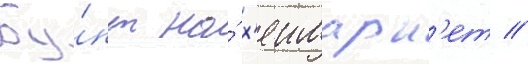
Бу́нт на́ х'еимарк'ет //